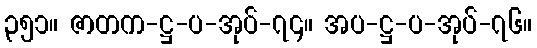
၃၅၁။ ဇာတက-ဋ္ဌ-ပ-အုပ်-၇၄။ အပ-ဋ္ဌ-ပ-အုပ်-၇၆။